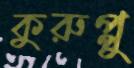
কুরুপ্পু